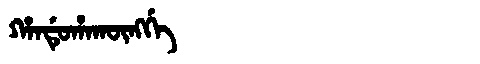
Manchu: ᡥᠠᠨᡩᡠᡥᠠᡴᡡᠩᡤᡝ
Romanization: HANDUHAKŪNGGE